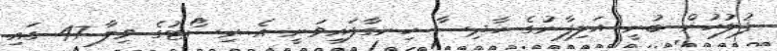
ފުލުހުން ބުނީ އަލިފާނުގެ ހާދިސާ ހިނގާފައިވަނީ އެ ރިސޯޓުގެ ވިލާ 47 ގައި